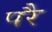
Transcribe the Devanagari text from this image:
परेै